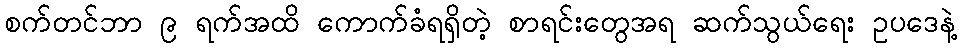
စက်တင်ဘာ ၉ ရက်အထိ ကောက်ခံရရှိတဲ့ စာရင်းတွေအရ ဆက်သွယ်ရေး ဥပဒေနဲ့